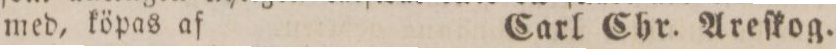
med, köpas af    Carl Chr. Areſkog.